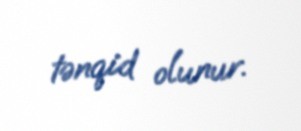
tənqid olunur.